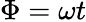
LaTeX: \Phi=\omega t